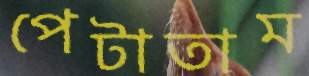
পেটাতাম